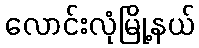
လောင်းလုံမြို့နယ်